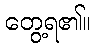
တွေ့ရ၏။